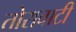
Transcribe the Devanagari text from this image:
तोरावाटी